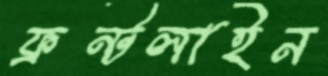
ফ্রন্টলাইন